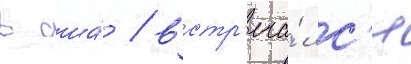
в сша́ / встр'еча́лс'я